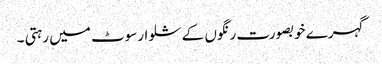
گہرے خوبصورت رنگوں کے شلوارسوٹ میں رہتی ۔